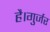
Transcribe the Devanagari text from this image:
है।गुर्जर